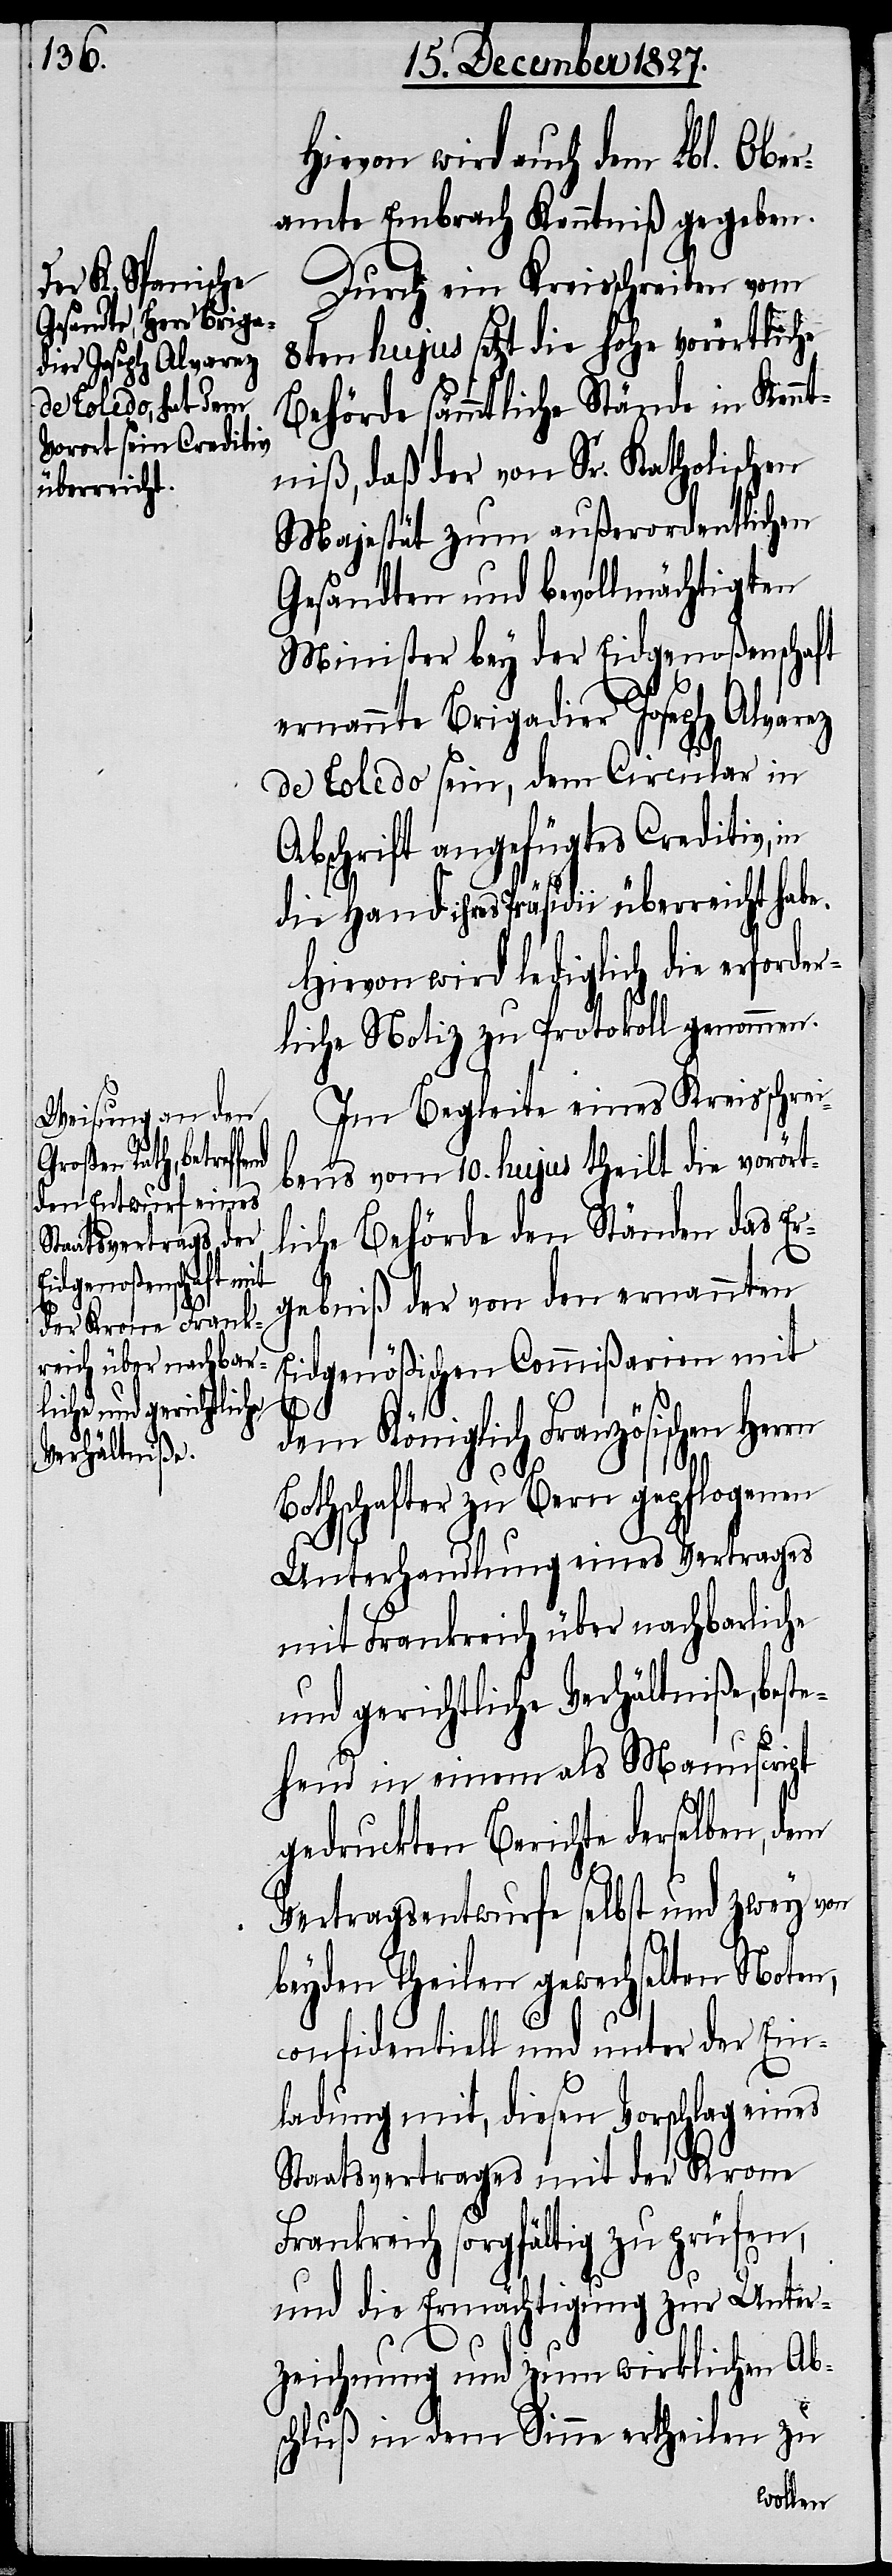
überreicht
Hand ihres

Hiervon wird auch dem Lbl. Ober¬
amt Embrach Kenntniß gegeben.
Durch ein Kreisschreiben vom
8ten hujus setzt die hohe vorörtliche
Behörde sämmtliche Stände in Kennt¬
niß, daß der von Sr. Katholischen
Majestät zum außerordentlichen
Gesandten und bevollmächtigten
Minister bey der Eidgenoßenschaft
ernannte Brigadier Joseph Alvarez
de Toledo sein, dem Circular in
Abschrift angefügtes Creditiv, in
Hiervon wird lediglich die erforder¬
liche Notiz zu Protokoll genommen.
Im Begleite eines Kreisschrei¬
ben vom 10. hujus theilt die vorört¬
liche Behörde den Ständen das Er¬
gebniß der von den ernannten
Eidgenößischen Commißarien mit
habe.
dem Königlich Französischen Herrn
Bothschafter zu Bern gepflogenen
Unterhandlung eines Vertrages
mit Frankreich über nachbarliche
und gerichtliche Verhältniße, best¬
ehend in einem als Manuscript
gedruckten Berichte derselben, dem
Vertragsentwurfe selbst und zwey von
beyden Theilen gewechselten Noten,
confidentiell und unter der Ein¬
ladung mit, diesen Vorschlag eines
Staatsvertrages mit der Krone
Frankreich sorgfältig zu prüfen,
und die Ermächtigung zur Unter¬
zeichnung und zum wirklichen Ab¬
schluß in dem Sinne ertheilen zu